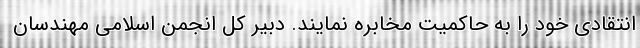
انتقادی خود را به حاکمیت مخابره نمایند. دبیر کل انجمن اسلامی مهندسان